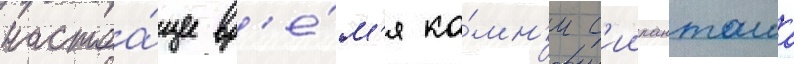
настоа́щее вр'е́м'я ка́мн'и с'иипанташа